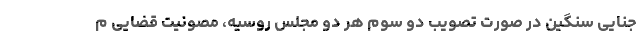
جنایی سنگین در صورت تصویب دو سوم هر دو مجلس روسیه، مصونیت قضایی م